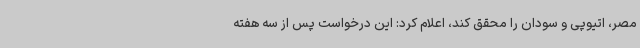
مصر، اتیوپی و سودان را محقق کند، اعلام کرد: این درخواست پس از سه هفته